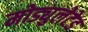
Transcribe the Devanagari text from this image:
मोड्युलेटेड